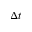
\Delta t